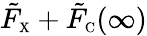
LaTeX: \tilde{F}_{\scriptscriptstyle\mathrm{X}}+\tilde{F}_{\scriptscriptstyle\mathrm{C}}(\infty)